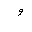
Letter: _waw